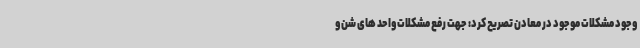
وجود مشکلات موجود در معادن تصریح کرد: جهت رفع مشکلات واحد های شن و